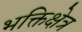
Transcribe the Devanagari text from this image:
भक्तिक्षेत्र